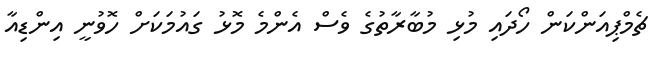
ޗެމްޕިއަންކަން ހޯދައި މުޅި މުބާރާތުގެ ވެސް އެންމެ މޮޅު ގައުމަކަށް ހޮވުނީ އިންޑިއާ